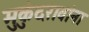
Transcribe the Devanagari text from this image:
मुकुंदरावांना